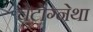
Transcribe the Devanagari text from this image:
चेटोग्नेथा